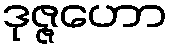
ဒုဇ္ဇဟော